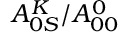
A _ { 0 S } ^ { K } / A _ { 0 0 } ^ { 0 }